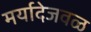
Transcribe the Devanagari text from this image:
मर्यादेजवळ